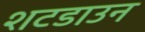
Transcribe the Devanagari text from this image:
शटडाउन